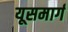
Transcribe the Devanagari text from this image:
यूसमार्ग